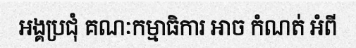
អង្គប្រជុំ គណៈកម្មាធិការ អាច កំណត់ អំពី